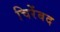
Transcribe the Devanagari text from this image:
चिरेंबद